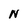
Character: N